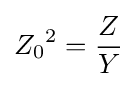
{Z_{0}}^{2}={\frac {Z}{Y}}